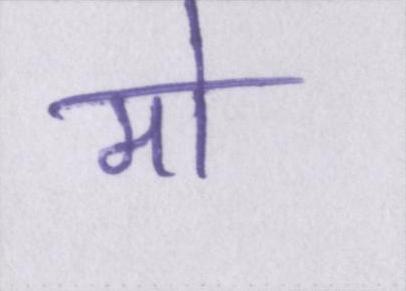
मो